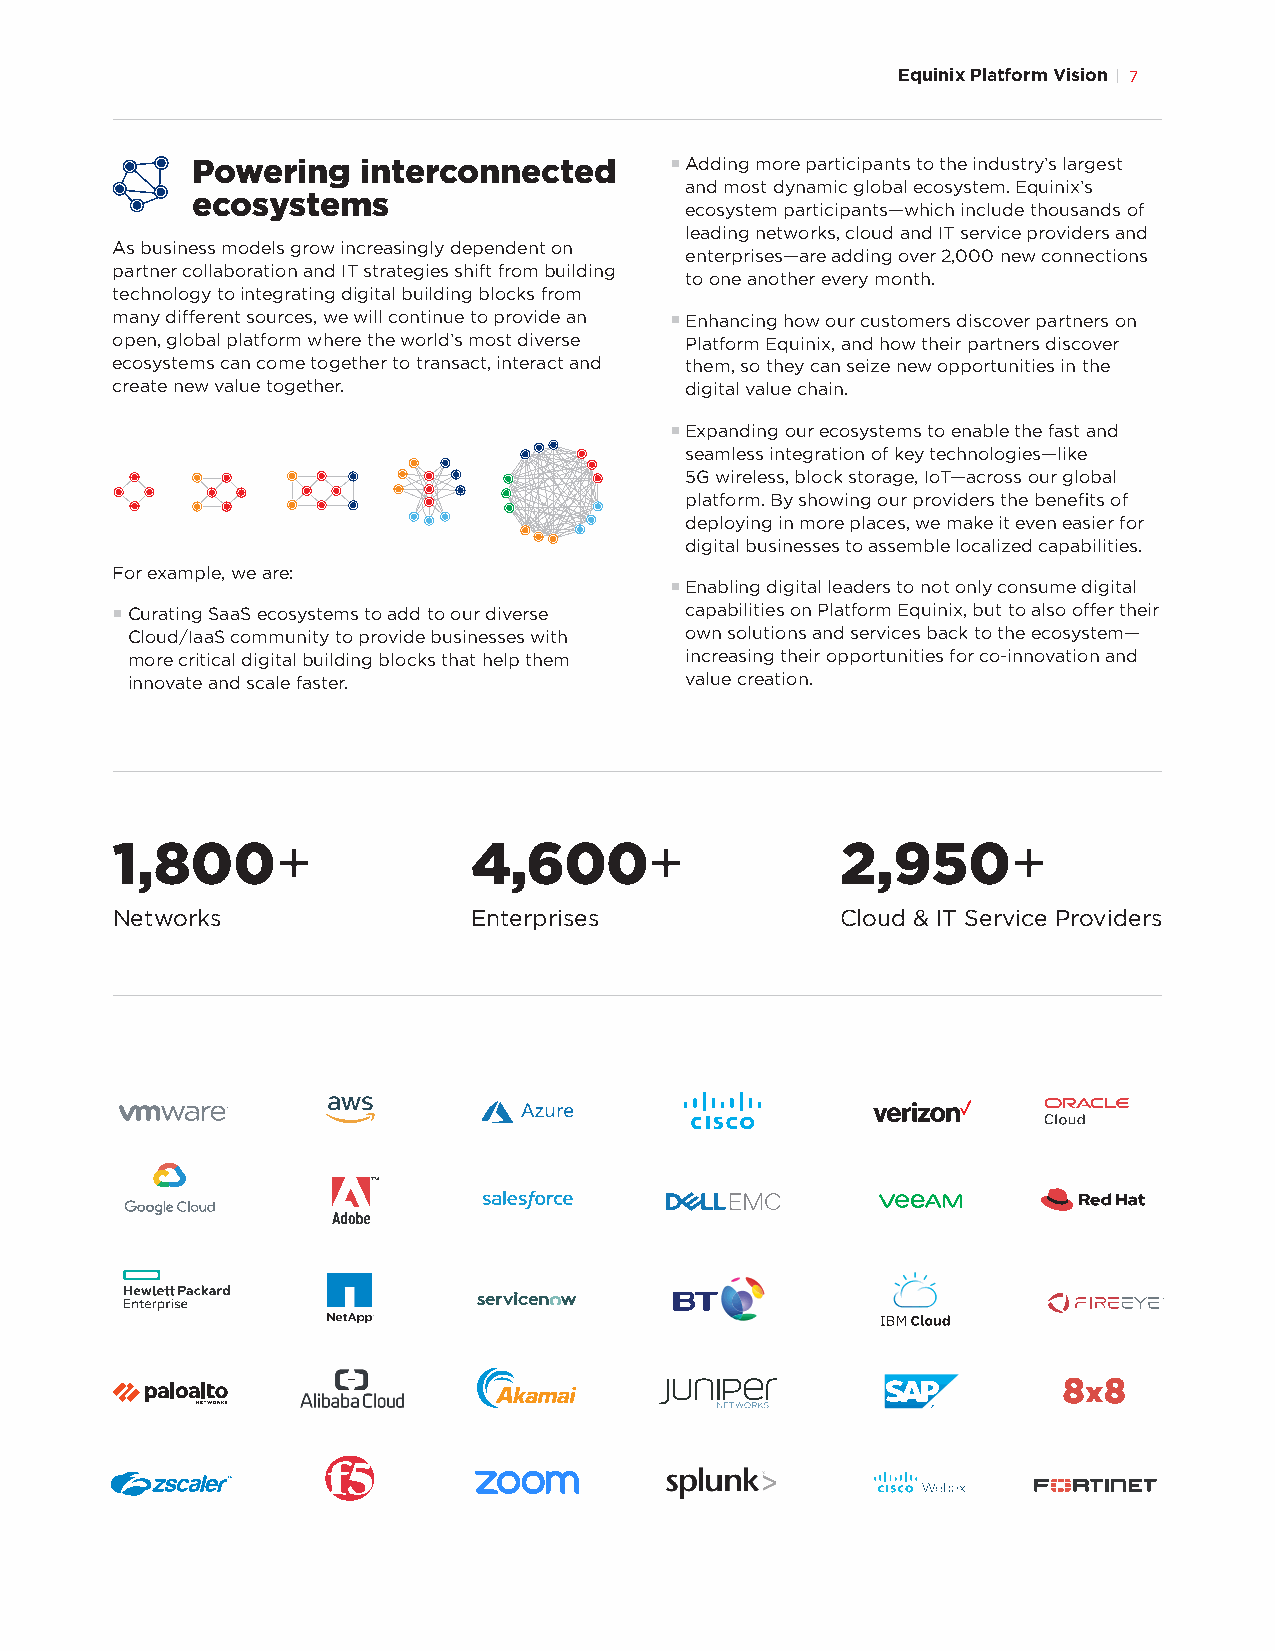
Equinix Platform Vision 7
 Powering   interconnected      § Adding more participants to the industry’s largest
 and most dynamic global ecosystem. Equinix’s
 ecosystems
 ecosystem participants—which include thousands of
 leading networks, cloud and IT service providers and
 As business models grow increasingly dependent on
 enterprises—are adding over 2,000 new connections
 partner collaboration and IT strategies shift from building
 to one another every month.
 technology to integrating digital building blocks from
 many different sources, we will continue to provide an § Enhancing how our customers discover partners on
 open, global platform where the world’s most diverse Platform Equinix, and how their partners discover
 ecosystems can come together to transact, interact and them, so they can seize new opportunities in the
 create new value together.            digital value chain.
 § Expanding our ecosystems to enable the fast and
 seamless integration of key technologies—like
 5G wireless, block storage, IoT—across our global
 platform. By showing our providers the benefits of
 deploying in more places, we make it even easier for
 digital businesses to assemble localized capabilities.
 For example, we are:
 § Enabling digital leaders to not only consume digital
 § Curating SaaS ecosystems to add to our diverse capabilities on Platform Equinix, but to also offer their
 Cloud/IaaS community to provide businesses with own solutions and services back to the ecosystem—
 more critical digital building blocks that help them increasing their opportunities for co-innovation and
 innovate and scale faster.           value creation.
 1,800+                  4,600+                   2,950+
 Networks                Enterprises              Cloud & IT Service Providers